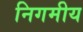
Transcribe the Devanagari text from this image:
निगमीय